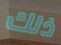
ذلك